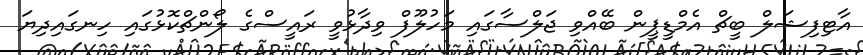
އާޓިފިޝަލް ބީޗް އެމްޑީޕީން ބޭއްވި ޖަލްސާގައި މަހުލޫފް ވިދާޅުވީ ރައީސްގެ ލޯންޗްކޮޅުގައި ހިނގައިދިޔަ